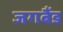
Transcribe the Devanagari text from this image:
जगबैंड